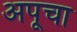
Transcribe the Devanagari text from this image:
अपूचा